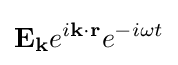
\mathbf {E_{k}} e^{i\mathbf {k\cdot r} }e^{-i\omega t}